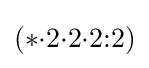
(*{\cdot }2{\cdot }2{\cdot }2{:}2)